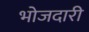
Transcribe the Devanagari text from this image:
भोजदारी